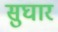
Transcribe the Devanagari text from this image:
सुघार